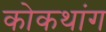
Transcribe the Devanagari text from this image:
कोकथांग